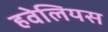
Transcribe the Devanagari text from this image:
हवेलियस